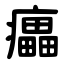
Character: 㿔